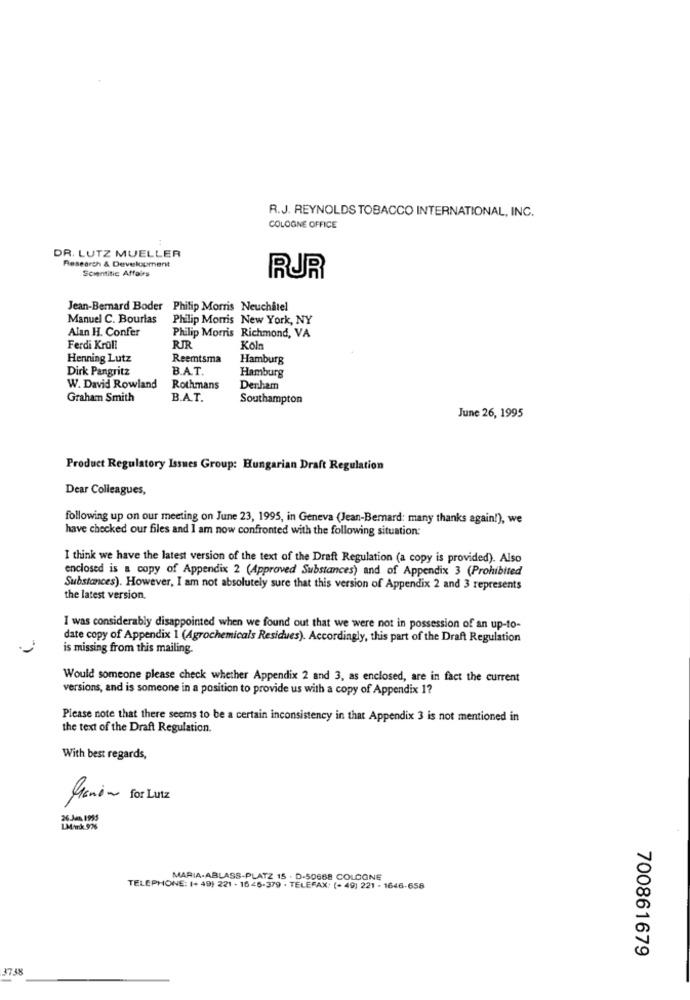
R.J. REYNOLDS TOBACCO INTERNATIONAL, INC.
COLOGNE OFFICE
DR. LUTZ MUELLER
Research & Development
Scientific Affairs
RUR
Jean-Bernard Boder Philip Morris Neuchâtel
Manuel C. Bourlas
Philip Morris New York, NY
Alan H. Confer
Philip Morris Richmond, VA
Ferdi Kroll
RJR
Köln
Henning Lutz
Reemtsma
Hamburg
Dirk Pangritz
B.A.T.
Hamburg
W. David Rowland
Rothmans
Denham
Graham Smith
B.A.T.
Southampton
June 26, 1995
Product Regulatory Issues Group: Hungarian Draft Regulation
Dear Colleagues,
following up on our meeting on June 23, 1995, in Geneva (Jean-Bernard: many thanks again!), we
have checked our files and I am now confronted with the following situation:
I think we have the latest version of the text of the Draft Regulation (a copy is provided). Also
enclosed is a copy of Appendix 2 (Approved Substances) and of Appendix 3 (Prohibited
Substances). However, I am not absolutely sure that this version of Appendix 2 and 3 represents
the latest version.
I was considerably disappointed when we found out that we were not in possession of an up-to-
date copy of Appendix 1 (Agrochemicals Residues). Accordingly, this part of the Draft Regulation
is missing from this mailing.
Would someone please check whether Appendix 2 and 3, as enclosed, are in fact the current
versions, and is someone in a position to provide us with a copy of Appendix 1?
Please note that there seems to be a certain inconsistency in that Appendix 3 is not mentioned in
the text of the Draft Regulation.
With best regards,
Manon for Lutz
26 Jun 1995
LM/wkk 9%
MARIA-ABLASS-PLATZ 15 . D.50668 COLOGNE
TELEPHONE: (+ 49) 221 + 16 45-379 . TELEFAX: (+ 49) 221 - 1646-658
700861679
37.38